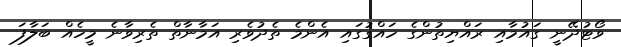
ވޯޓުދޭނީ ގައުމާއި ރައްޔިތުންގެ ހައްގުގައި އެންމެ ތެދުވެރި އަމާނާތް ތެރިވާނެ މީހެއް ބަލާފަ